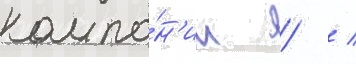
компа́н'ии   /